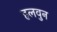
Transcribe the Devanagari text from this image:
हलवुन